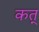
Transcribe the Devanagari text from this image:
कत्